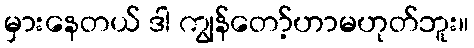
မှားနေတယ် ဒါ ကျွန်တော့်ဟာမဟုတ်ဘူး။